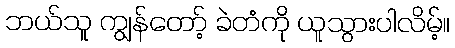
ဘယ်သူ ကျွန်တော့် ခဲတံကို ယူသွားပါလိမ့်။